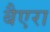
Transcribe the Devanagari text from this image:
बैएरा